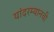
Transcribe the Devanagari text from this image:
यांदरम्यानची